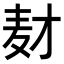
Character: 𬹅